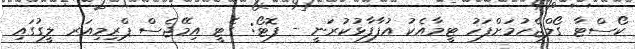
ކޯސްޓާ ގޯލްޖެހުމަށްފަހު ޓީމާއެކު އުފާފާޅުކުރަނީ - ފޮޓޯ: ގެޓީ އިމޭޖެސް ޕްރިމިއަރ ލީގުގައި